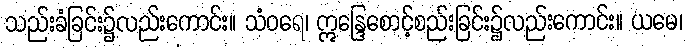
သည်းခံခြင်း၌လည်းကောင်း။ သံဝရေ၊ ဣန္ဒြေစောင့်စည်းခြင်း၌လည်းကောင်း။ ယမေ၊